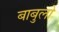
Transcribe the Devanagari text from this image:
बाबुलो